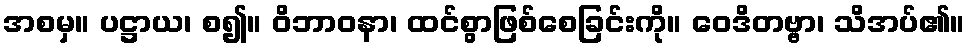
အစမှ။ ပဋ္ဌာယ၊ စ၍။ ဝိဘာဝနာ၊ ထင်စွာဖြစ်စေခြင်းကို။ ဝေဒိတဗ္ဗာ၊ သိအပ်၏။